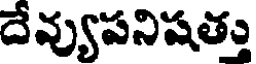
దేవ్యుపనిషత్తు